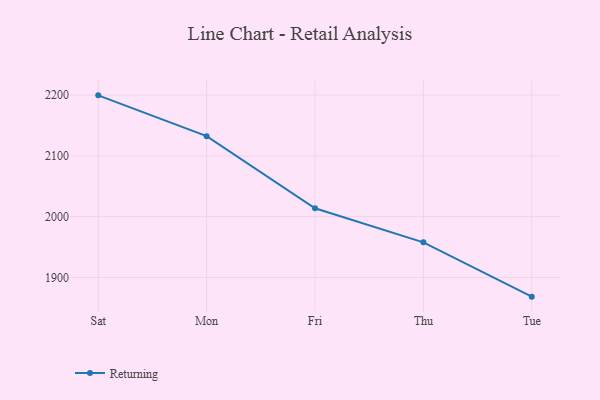
{"axis": {"x": "Day", "y": "Inventory Turnover"}, "legend": ["Returning"], "data": [{"x": "Sat", "y": 2199.6, "type": "Returning"}, {"x": "Mon", "y": 2132.5, "type": "Returning"}, {"x": "Fri", "y": 2013.9, "type": "Returning"}, {"x": "Thu", "y": 1957.7, "type": "Returning"}, {"x": "Tue", "y": 1868.4, "type": "Returning"}]}